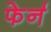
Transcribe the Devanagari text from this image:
फेर्न